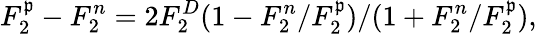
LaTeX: F_{2}^{\mathfrak{p}}-F_{2}^{n}=2F_{2}^{D}(1-F_{2}^{n}/F_{2}^{\mathfrak{p}})/(1+F_{2}^{n}/F_{2}^{\mathfrak{p}}),